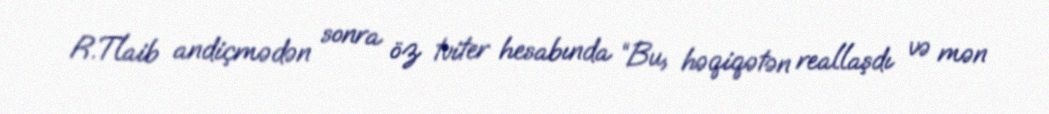
R.Tlaib andiçmədən sonra öz tviter hesabında “Bu, həqiqətən reallaşdı və mən